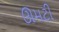
ઊમટી